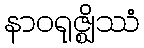
နာဝရုဇ္ဈိဿံ